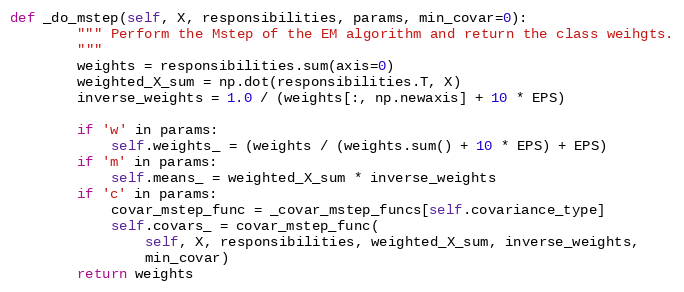
Language: Python
def _do_mstep(self, X, responsibilities, params, min_covar=0):
        """ Perform the Mstep of the EM algorithm and return the class weihgts.
        """
        weights = responsibilities.sum(axis=0)
        weighted_X_sum = np.dot(responsibilities.T, X)
        inverse_weights = 1.0 / (weights[:, np.newaxis] + 10 * EPS)

        if 'w' in params:
            self.weights_ = (weights / (weights.sum() + 10 * EPS) + EPS)
        if 'm' in params:
            self.means_ = weighted_X_sum * inverse_weights
        if 'c' in params:
            covar_mstep_func = _covar_mstep_funcs[self.covariance_type]
            self.covars_ = covar_mstep_func(
                self, X, responsibilities, weighted_X_sum, inverse_weights,
                min_covar)
        return weights